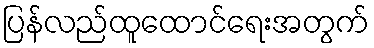
ပြန်လည်ထူထောင်ရေးအတွက်